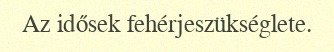
Az idősek fehérjeszükséglete.